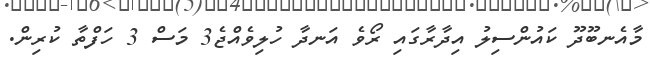
މާއެނބޫދޫ ކައުންސިލު އިދާރާގައި ރޯވެ އަނދާ ހުލިވެއްޖެ3 މަސް 3 ހަފްތާ ކުރިން.